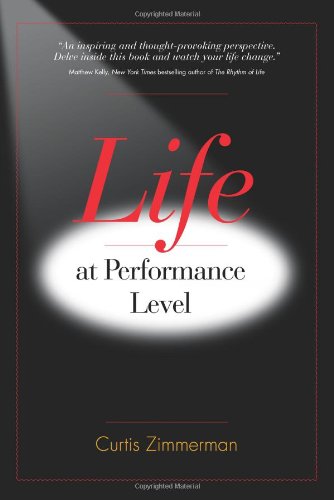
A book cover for Life at Performance Level; Curtis Zimmerman; Business & Money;